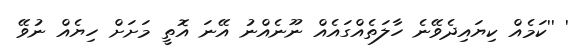
' ''ކަމެއް ކިޔައިދެވޭނެ ހާލަތެއްގައެއް ނޫނެއްނު އޭނަ އޮތީ މަށަށް ހިޔެއް ނުވޭ